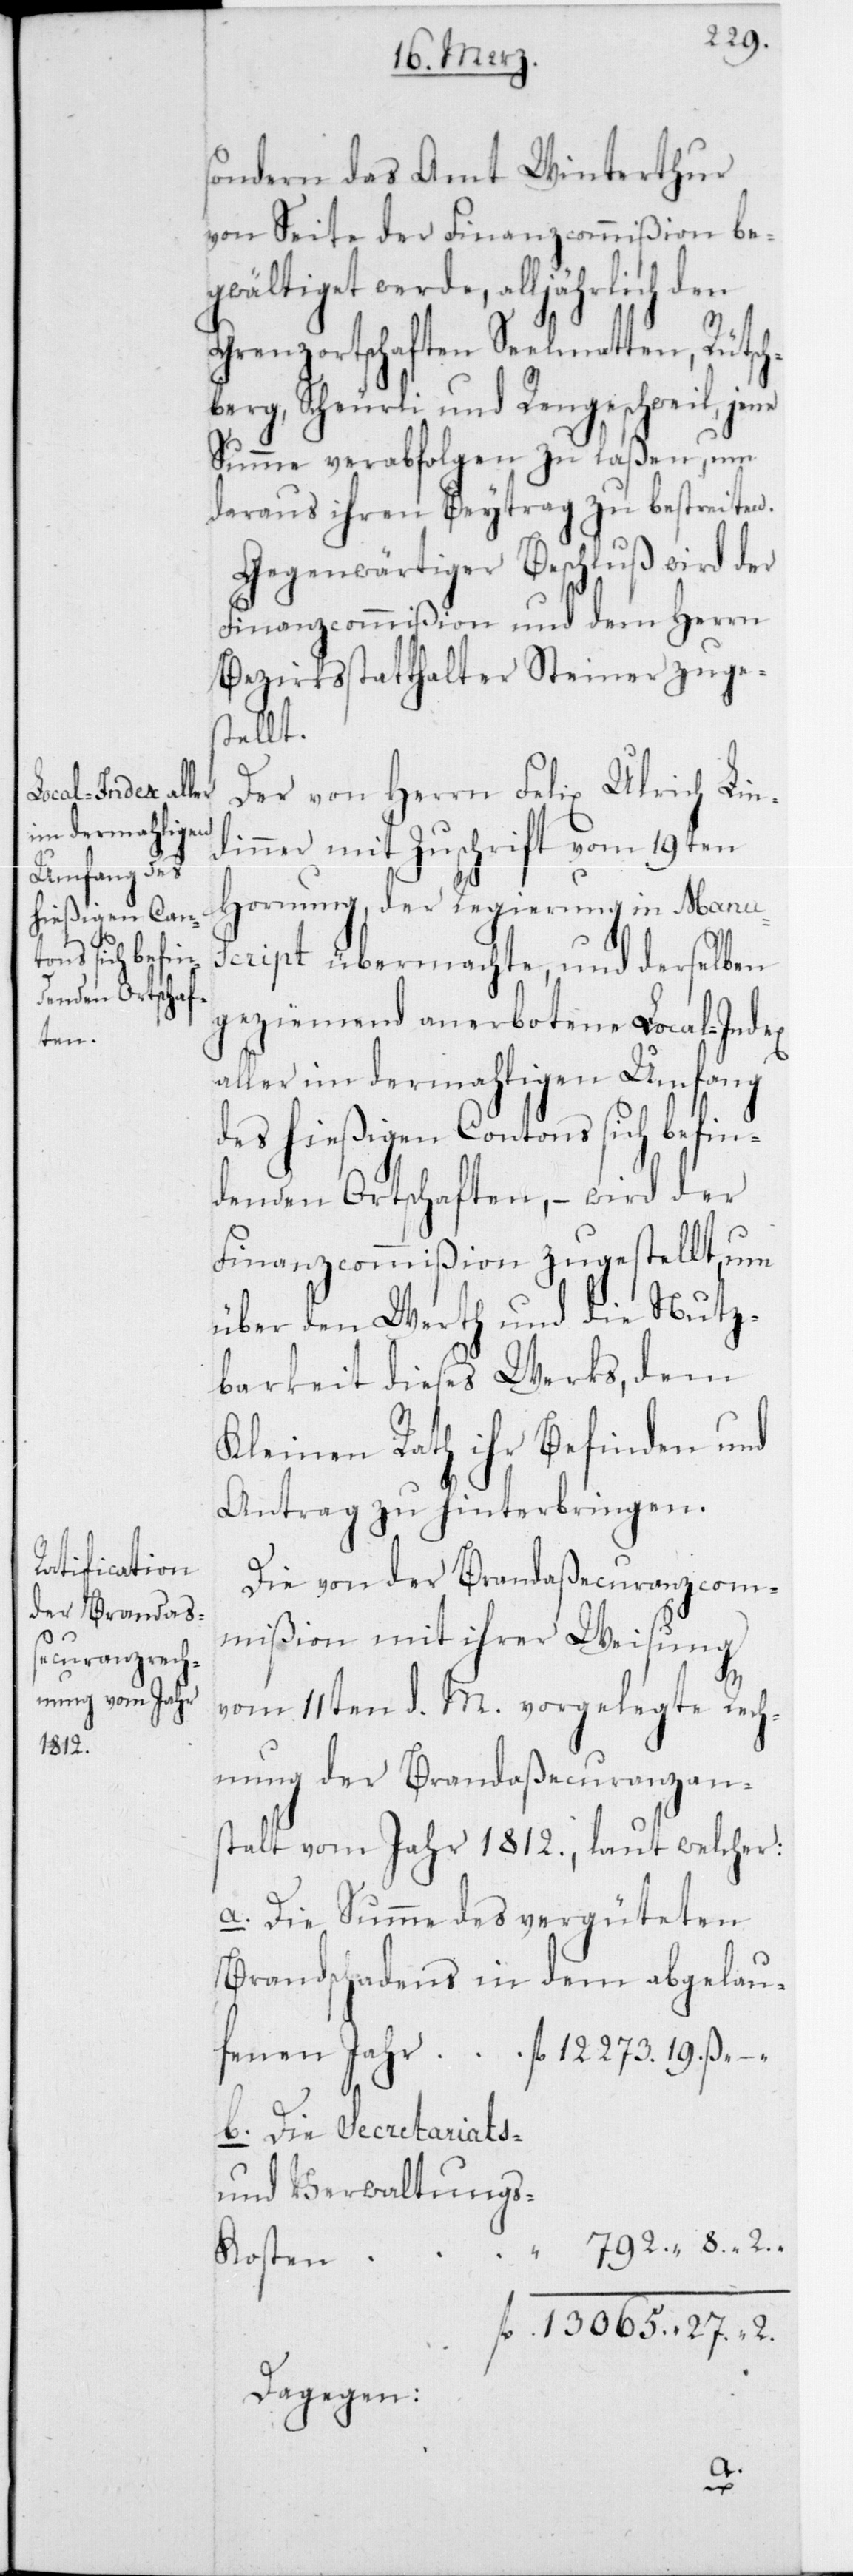
fenen Jahr

sondern das Amt Winterthur
von Seite der Finanzcommißion be¬
gwältiget werde, alljährlich den
Grenzortschaften Seelmatten, Rütsch¬
berg, Scheurli und Rengeschweil, jene
Summe verabfolgen zu laßen, um
daraus ihren Beytrag zu bestreiten.
Gegenwärtiger Beschluß wird der
Finanzcommißion und dem Herrn
Bezirksstatthalter Steiner zuges¬
tellt.
Der von Herrn Felix Ulrich Lin¬
dinner mit Zuschrift vom 19ten
Hornung der Regierung in Manu¬
script übermachte, und derselben
geziemend anerbotene Local-Index
aller im dermahligen Umfang
des hießigen Cantons sich befin¬
denden Ortschaften, – wird der
Finanzcommißion zugestellt, um
über den Werth und die Nutz¬
barkeit dieses Werks, dem
Kleinen Rath ihr Befinden und
Antrag zu hinterbringen.
Die von der Brandaßecuranzcom¬
mißion mit ihrer Weisung
vom 11ten d. M. vorgelegte Rech¬
nung der Brandaßecuranzan¬
stalt vom Jahr 1812, laut welcher:
Die Summe des vergüteten
Brandschadens in dem abgelau¬
Die Decretairats-
und Verwaltungs-K¬
osten
dagegen:
b.